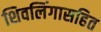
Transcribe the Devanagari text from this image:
शिवलिंगासहित